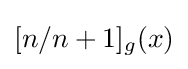
[n/n+1]_{g}(x)